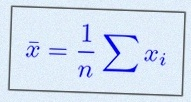
\bar{x}=\frac1n\sum x_i